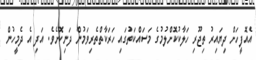
އެއޮފީހަށް ދިޔައިރު ތިޖޫރި ހަލާކުކޮށްލުމުގެ މަސައްކަތުގައި ހަރަކާތްތެރިވަމުން ދަނިކޮށެވެ. އަދި އެ ދެމީހުން